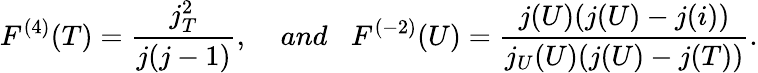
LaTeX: F^{(4)}(T)=\frac{j_{T}^{2}}{j(j-1)},\; \; \; \; and\; \; \; F^{(-2)}(U)=\frac{j(U)(j(U)-j(i))}{j_{U}(U)(j(U)-j(T))}.